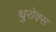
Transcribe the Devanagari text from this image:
थुरोक्स